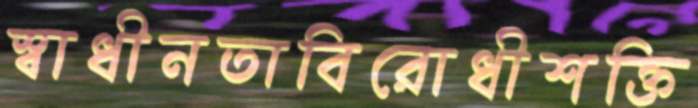
স্বাধীনতাবিরোধীশক্তি